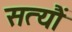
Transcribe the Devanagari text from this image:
सत्यौं